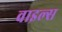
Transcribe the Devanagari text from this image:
वाइल्स